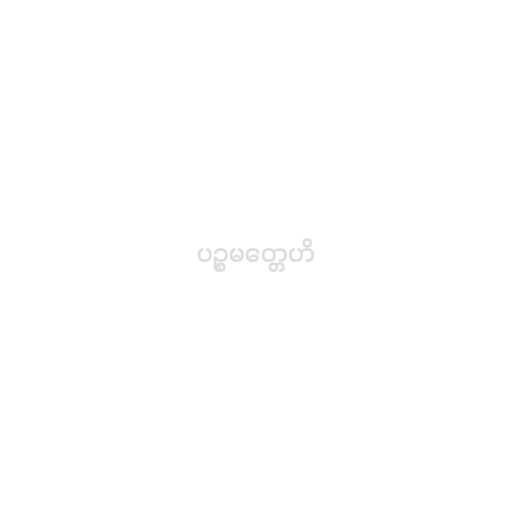
ပဉ္စမတ္တေဟိ